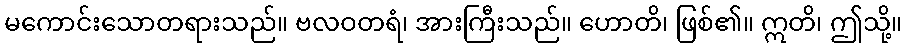
မကောင်းသောတရားသည်။ ဗလဝတရံ၊ အားကြီးသည်။ ဟောတိ၊ ဖြစ်၏။ ဣတိ၊ ဤသို့။